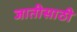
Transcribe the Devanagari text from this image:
जातीसाठी